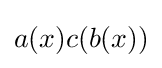
a(x)c(b(x))